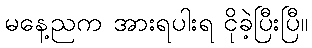
မနေ့ညက အားရပါးရ ငိုခဲ့ပြီးပြီ။